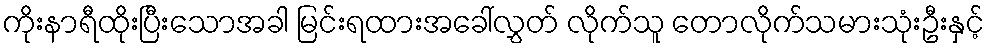
ကိုးနာရီထိုးပြီးသောအခါ မြင်းရထားအခေါ်လွှတ် လိုက်သူ တောလိုက်သမားသုံးဦးနှင့်